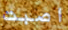
اصبت